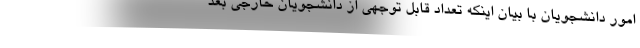
امور دانشجویان با بیان اینکه تعداد قابل توجهی از دانشجویان خارجی بعد